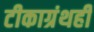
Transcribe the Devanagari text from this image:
टीकाग्रंथही